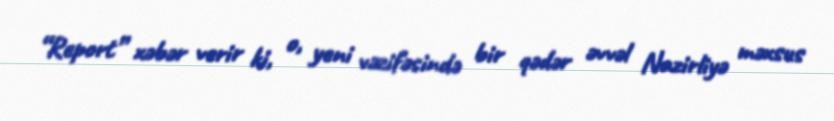
“Report” xəbər verir ki, o, yeni vəzifəsində bir qədər əvvəl Nazirliyə məxsus